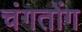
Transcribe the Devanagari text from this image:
चंगतोंग